Civil Veterinary Dept. North-West Frontier Province 1923-32 - 1923-1932
Year: 1923
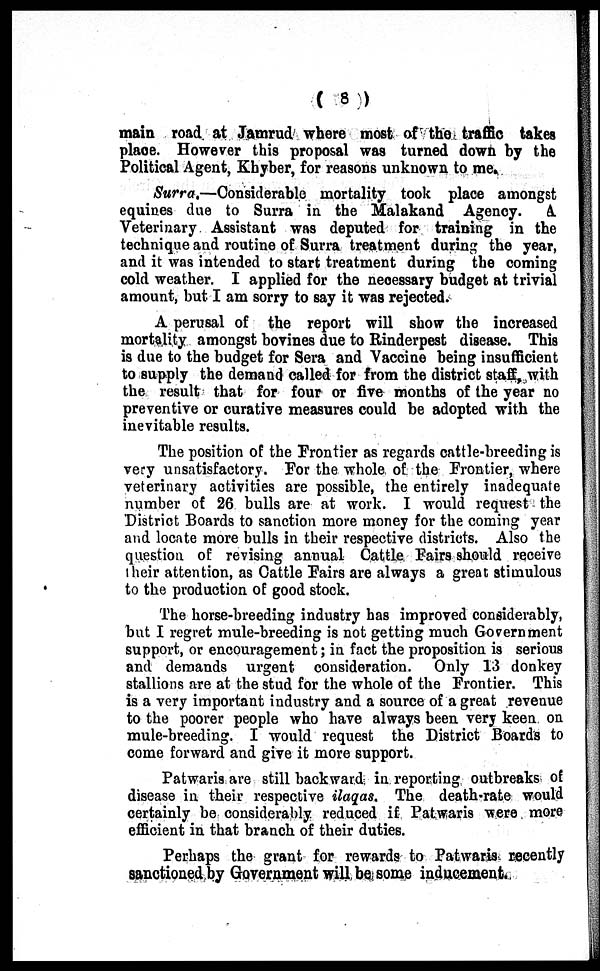
(8)
main road at Jamrud where most of the traffic takes
place. However this proposal was turned down by the
Political Agent, Khyber, for reasons unknown to me.
Surra.—Considerable mortality took place amongst
equines due to Surra in the Malakand Agency. A
Veterinary Assistant was deputed for training in the
technique and routine of Surra treatment during the year,
and it was intended to start treatment during the coming
cold weather. I applied for the necessary budget at trivial
amount, but I am sorry to say it was rejected.
A perusal of the report will show the increased
mortality amongst bovines due to Rinderpest disease. This
is due to the budget for Sera and Vaccine being insufficient
to supply the demand called for from the district staff, with
the result that for four or five months of the year no
preventive or curative measures could be adopted with the
inevitable results.
The position of the Frontier as regards cattle-breeding is
very unsatisfactory. For the whole of the Frontier, where
veterinary activities are possible, the entirely inadequate
number of 26 bulls are at work. I would request the
District Boards to sanction more money for the coming year
and locate more bulls in their respective districts. Also the
question of revising annual Cattle Fairs should receive
their attention, as Cattle Fairs are always a great stimulous
to the production of good stock.
The horse-breeding industry has improved considerably,
but I regret mule-breeding is not getting much Government
support, or encouragement; in fact the proposition is serious
and demands urgent consideration. Only 13 donkey
stallions are at the stud for the whole of the Frontier. This
is a very important industry and a source of a great revenue
to the poorer people who have always been very keen on
mule-breeding. I would request the District Boards to
come forward and give it more support.
Patwaris are still backward in reporting outbreaks of
disease in their respective ilaqas. The death-rate would
certainly be considerably reduced if Patwaris were more
efficient in that branch of their duties.
Perhaps the grant for rewards to Patwaris recently
sanctioned by Government will be some inducement.